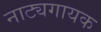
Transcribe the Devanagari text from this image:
नाट्यगायक